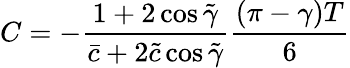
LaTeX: C=-\frac{1+2\cos\tilde{\gamma}}{\bar{c}+2\tilde{c}\cos\tilde{\gamma}}\frac{(\pi-\gamma)T}{6}